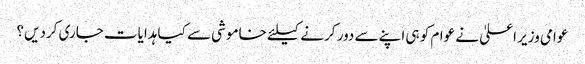
عوامی وزیر اعلیٰ نے عوام کو ہی اپنے سے دور کرنے کیلئے خاموشی سے کیا ہدایات جاری کردیں؟